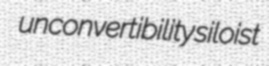
unconvertibility siloist